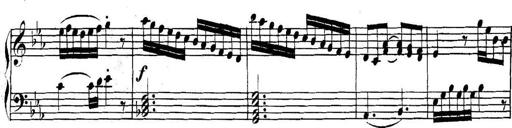
Title: Collected Piano Sonatas
Composer: Muzio Clementi